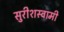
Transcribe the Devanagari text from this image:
सुरीशस्वामी